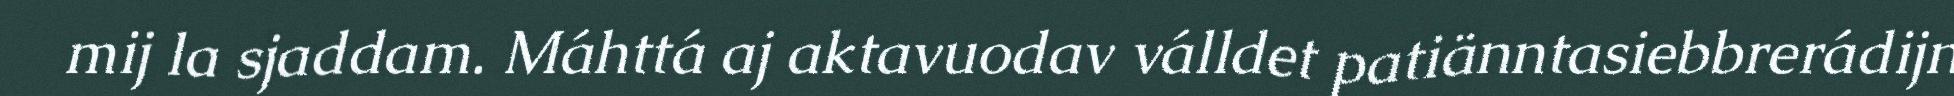
mij la sjaddam. Máhttá aj aktavuodav válldet patiänntasiebbrerádijn